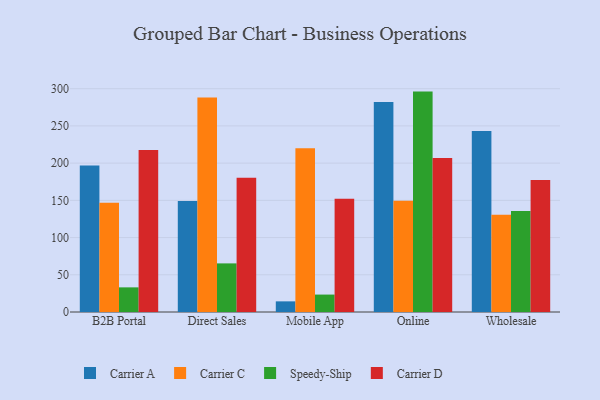
{"axis": {"x": "Channel", "y": "Shipments"}, "legend": ["Carrier A", "Carrier C", "Carrier D", "Speedy-Ship"], "data": [{"x": "B2B Portal", "y": 196.7, "type": "Carrier A"}, {"x": "B2B Portal", "y": 146.9, "type": "Carrier C"}, {"x": "B2B Portal", "y": 33.1, "type": "Speedy-Ship"}, {"x": "B2B Portal", "y": 217.7, "type": "Carrier D"}, {"x": "Direct Sales", "y": 149.1, "type": "Carrier A"}, {"x": "Direct Sales", "y": 288.1, "type": "Carrier C"}, {"x": "Direct Sales", "y": 65.3, "type": "Speedy-Ship"}, {"x": "Direct Sales", "y": 180.5, "type": "Carrier D"}, {"x": "Mobile App", "y": 14.3, "type": "Carrier A"}, {"x": "Mobile App", "y": 219.9, "type": "Carrier C"}, {"x": "Mobile App", "y": 23.4, "type": "Speedy-Ship"}, {"x": "Mobile App", "y": 152.0, "type": "Carrier D"}, {"x": "Online", "y": 282.1, "type": "Carrier A"}, {"x": "Online", "y": 149.6, "type": "Carrier C"}, {"x": "Online", "y": 296.1, "type": "Speedy-Ship"}, {"x": "Online", "y": 206.9, "type": "Carrier D"}, {"x": "Wholesale", "y": 243.2, "type": "Carrier A"}, {"x": "Wholesale", "y": 130.5, "type": "Carrier C"}, {"x": "Wholesale", "y": 135.8, "type": "Speedy-Ship"}, {"x": "Wholesale", "y": 177.4, "type": "Carrier D"}]}